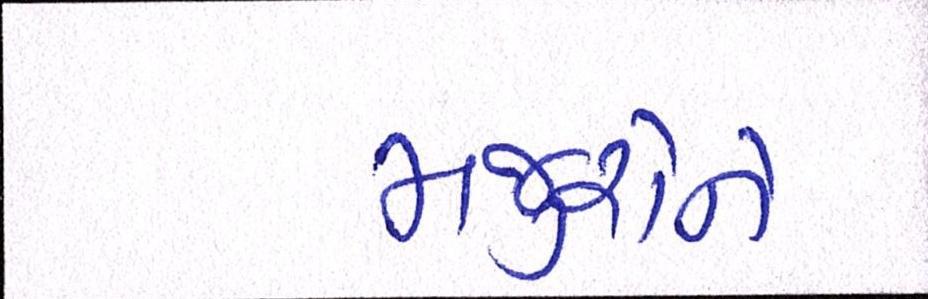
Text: મજુરોને